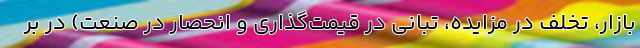
بازار، تخلف در مزایده، تبانی در قیمت‌گذاری و انحصار در صنعت) در بر